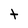
Character: t